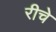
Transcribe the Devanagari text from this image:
रीचे